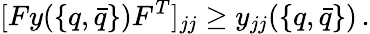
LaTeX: [Fy(\{ q,\bar{q}\} )F^{T}]_{jj}\geq y_{jj}(\{ q,\bar{q}\} )\, .